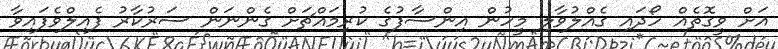
އަށް ވީގޮތެއް ހޯދައި ގެއްލުވާލި މީހުން އިންސާފުގެ ކުރިމައްޗަށް ގެންނަން ސަރުކާރު ފެއިލްވެފައިވާ